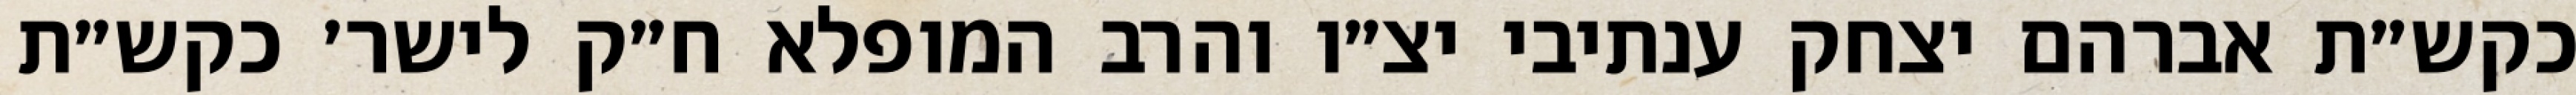
כקש״ת אברהם יצחק ענתיבי יצ״ו והרב המופלא ח״ק לישר׳ כקש״ת